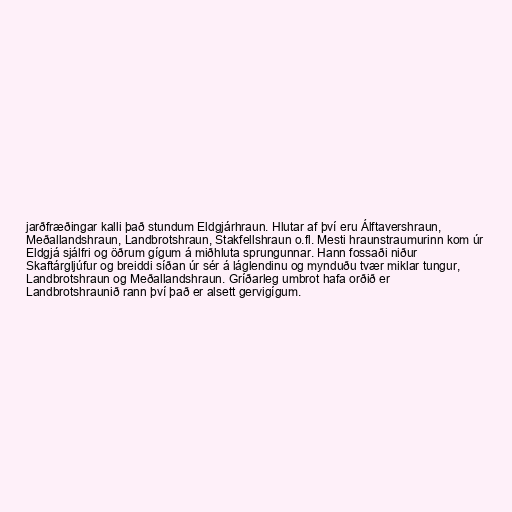
jarðfræðingar kalli það stundum Eldgjárhraun. Hlutar af því eru Álftavershraun,
Meðallandshraun, Landbrotshraun, Stakfellshraun o.fl. Mesti hraunstraumurinn kom úr
Eldgjá sjálfri og öðrum gígum á miðhluta sprungunnar. Hann fossaði niður
Skaftárgljúfur og breiddi síðan úr sér á láglendinu og mynduðu tvær miklar tungur,
Landbrotshraun og Meðallandshraun. Gríðarleg umbrot hafa orðið er
Landbrotshraunið rann því það er alsett gervigígum.